Lunatic asylums Bombay report 1891-1903 - 1891-1903
Year: 1891
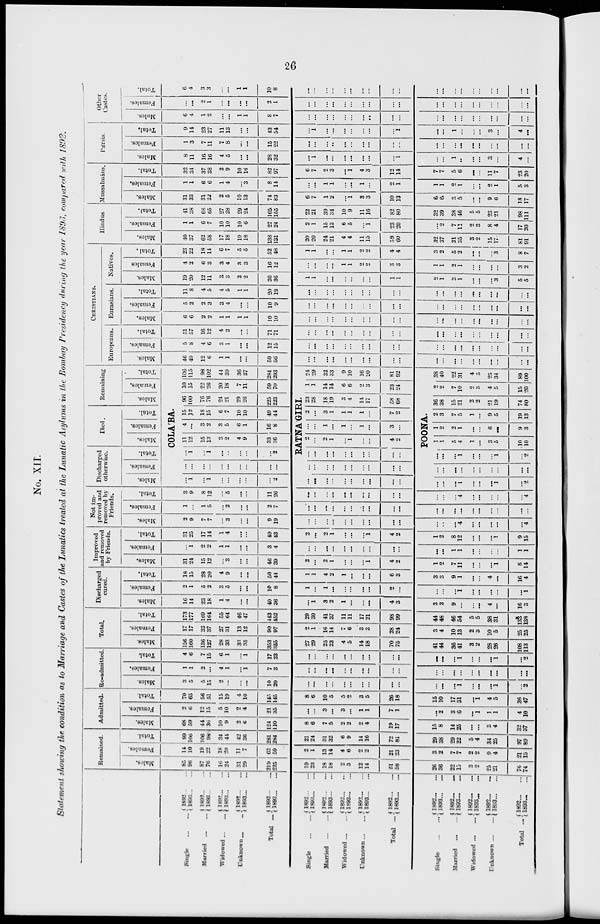
26
No. XII.
Statement showing the condition as to Marriage and Castes of the Lunatics treated at the Lunatic Asylums in the Bombay Presidency during the year 1893, compared with 1892.
Single ...
Married ...
Widowed ...
Unknown ...
Total ...
Single ...
Married
Widowed ...
Unknown ...
Total ...
Single...
Married...
Widowed ...
Unknown ...
Total...
1892 ... ...
1893 ... ...
1892 ... ...
1893 ... ...
1892 ... ...
1893 ... ...
1892 ... ...
1893 ... ...
1892 ... ...
1893 ... ...
1892 ... ...
1893 ... ...
1892
...
...
1893 ... ...
1892 ... ...
1893 ... ...
1892 ... ...
1893 ... ...
1892 ... ...
1893 ... ...
1892 ... ...
1893 ... ...
1892 ... ...
1893 ... ...
1892 ... ...
1893 ... ...
1892 ...
...
1893
...
...
1892 ... ...
1893... ...
Remained.
Males.
85
96
87
76
16
24
31
29
219
225
19
23
18
18
2
3
12
14
51
58
26
36
22
15
3
2
25
21
76
74
Females.
14
10
19
22
18
20
11
7
62
59
2
1
13
14
4
6
2
2
21
23
3
2
7
7
2
2
9
4
21
15
Total.
99
106
106
98
34
44
42
36
281
284
21
24
31
32
6
9
14
16
72
81
29
38
29
22
5
4
34
25
97
89
Admitted.
Males.
68
59
44
36
10
9
2
6
124
110
8
6
7
5
2
2
2
4
19
17
15
8
14
25
...
...
3
4
32
37
Females.
2
6
12
15
5
10
2
4
21
35
...
...
3
...
3
...
1
1
7
1
...
2
3
6
...
1
1
1
4
10
Total.
70
65
56
51
15
19
4
10
145
145
8
6
10
5
5
2
3
5
26
18
15
10
17
31
...
1
4
5
36
47
Re-admitted.
Males.
3
5
5
15
2
...
...
...
10
20
...
...
...
...
...
...
...
...
...
...
...
...
...
1
...
...
...
1
...
2
Females.
1
1
2
...
4
1
...
1
7
3
...
...
...
...
...
...
...
...
...
...
...
...
...
...
. ..
...
...
...
...
...
Total.
4
6
7
15
6
1
...
1
17
23
...
...
...
...
...
...
...
...
...
...
...
...
...
1
...
...
...
1
...
2
Total.
Males.
156
160
136
127
28
33
33
35
353
355
27
29
25
23
4
5
14
18
70
75
41
44
36
41
3
2
28
26
180
113
Females.
17
17
33
37
27
31
13
12
90
97
2
1
16
14
7
6
3
3
28
24
3
4
10
13
2
3
10
5
25
25
Total.
173
177
169
164
55
64
46
47
443
452
29
30
41
37
11
11
17
21
98
99
44
48
46
54
5
5
38
31
133
138
Discharged
cured.
Males.
16
14
23
18
1
4
...
...
40
36
...
1
3
2
1
...
...
...
4
3
3
3
9
...
...
...
4
...
16
3
Females.
2
1
5
2
3
5
...
...
10
8
1
...
1
...
...
...
...
...
2
...
...
...
...
1
...
...
...
...
...
1
Total.
18
15
28
20
4
9
...
...
50
44
1
1
4
2
1
...
...
...
6
3
3
3
9
1
...
...
4
...
16
4
Improved
and removed
by Friends.
Males.
31
24
15
12
...
3
...
...
46
39
2
...
2
1
...
...
...
1
4
2
1
2
7
11
...
...
...
1
8
14
Females.
...
1
2
2
1
1
...
...
3
4
...
...
...
...
...
...
...
...
...
...
...
...
1
1
...
...
...
...
1
1
Total.
31
25
17
14
1
4
...
...
49
43
2
...
2
1
...
...
...
1
4
2
1
2
8
12
...
...
...
1
9
15
Not im-
proved and
removed by
Friends.
Males.
2
9
7
7
...
3
...
...
9
19
...
...
...
...
...
...
...
...
...
...
...
...
...
4
...
...
...
...
...
4
Females.
1
...
1
5
...
2
...
...
2
7
...
...
...
...
...
...
...
...
...
...
...
...
...
...
...
...
...
...
...
...
Total.
3
9
8
12
...
5
...
...
11
26
...
...
...
...
...
...
...
...
...
...
...
...
...
4
...
...
...
...
...
4
Discharged
otherwise.
Males.
Females.
Total.
Died.
Males.
Females.
Total.
Remaining
Males.
Females.
Total.
COLA'BA.
...
1
...
1
...
...
...
. ..
...
2
...
...
...
...
. ..
...
...
...
...
...
. ..
1
...
1
...
...
...
...
...
2
11
12
15
13
3
2
4
9
33
36
4
...
3
2
3
5
6
1
16
8
15
12
18
15
6
7
10
10
49
44
96
100
76
76
24
21
29
26
225
223
10
15
22
26
20
18
7
11
59
70
106
115
98
102
44
39
36
37
284
293
RATNAGIRI.
...
...
...
...
...
...
...
...
...
...
...
...
...
...
...
...
...
...
...
...
. ..
...
...
...
...
...
...
...
...
...
...
...
...
1
...
...
...
1
...
2
...
...
...
...
...
...
...
...
...
...
...
...
...
1
...
...
...
1
...
2
2
...
2
1
...
1
...
...
4
2
...
...
1
...
1
...
1
...
3
...
2
...
3
1
1
1
1
...
7
2
23
28
18
19
3
4
14
17
58
68
1
1
14
14
6
6
2
3
23
24
24
29
32
33
9
10
16
20
81
92
POONA.
1
1
5
4
1
...
3
5
10
10
1
2
2
1
...
...
6
...
9
3
2
3
7
5
1
...
9
5
19
13
36
38
15
21
2
2
21
19
74
80
2
2
7
10
2
3
4
5
15
20
38
40
22
31
4
5
25
34
89
100
CHRISTIANS.
Europeans.
Males.
46
49
12
6
1
1
...
...
59
56
...
...
...
...
...
...
...
...
...
...
...
...
...
...
...
...
...
...
...
. ..
Females.
5
8
4
6
3
1
...
...
12
15
...
...
...
...
...
...
...
...
...
...
...
...
...
...
. ..
...
...
...
...
...
Total.
51
57
16
12
4
2
...
...
71
71
...
...
...
...
...
...
...
...
...
...
...
...
...
...
...
...
...
...
. ..
...
Eurasians.
Males.
6
6
2
2
1
1
1
1
10
10
...
...
...
...
...
...
...
...
...
...
...
..
...
...
...
...
...
...
...
....
Females.
5
2
2
3
3
4
...
...
10
9
...
...
...
...
...
...
...
...
...
...
...
...
...
...
...
...
...
...
...
...
Total.
11
8
4
5
4
5
1
1
20
19
...
...
...
...
...
...
...
...
...
...
...
...
...
...
...
. ..
...
...
...
...
Natives.
Males.
19
20
12
11
3
3
2
2
36
36
1
1
...
...
...
...
...
...
1
1
2
1
3
1
...
...
...
3
5
5
Females
4
2
6
3
3
4
3
3
16
12
...
...
...
...
1
1
2
2
3
3
1
1
2
1
...
. ..
...
...
3
2
Total.
23
22
18
14
6
7
5
5
52
48
1
1
...
...
1
1
2
2
4
4
3
2
5
2
...
...
...
3
8
7
Hindus.
Males.
40
37
62
58
17
18
19
18
138
131
20
20
24
21
4
4
11
15
59
60
32
37
31
35
3
2
15
17
81
91
Females.
1
1
6
7
10
10
10
6
27
24
2
1
15
13
6
5
...
1
23
20
...
2
7
11
2
3
8
4
17
20
Total.
41
38
68
65
27
28
29
24
165
155
22
21
39
34
10
9
11
16
82
80
32
39
38
46
5
5
23
21
98
111
Mussalmáns.
Males.
31
33
31
32
2
5
10
13
74
83
6
7
1
2
...
1
3
3
10
13
6
6
3
5
...
...
9
6
18
17
Females,
1
1
6
6
1
4
...
3
8
14
...
...
1
1
...
...
1
...
2
1
1
1
2
1
...
...
2
1
5
3
Total.
32
34
37
38
3
9
10
16
82
97
6
7
2
3
...
1
4
3
12
14
7
7
5
6
...
...
11
7
23
20
Pársis.
Males.
8
11
16
16
4
5
...
...
28
32
...
1
. ..
...
...
...
. ..
...
...
1
...
...
1
..
...
...
3
...
4
...
Females.
1
3
7
11
7
8
...
...
15
22
...
...
...
...
...
...
...
...
...
...
...
...
...
. ..
. ..
...
...
...
...
...
Total,
9
14
23
27
11
13
...
...
43
54
...
1
...
...
...
...
...
...
...
1
...
...
1
...
...
...
3
...
4
...
Other
Castes.
Males.
6
4
1
2
...
...
1
1
8
7
...
...
...
...
...
...
...
. .
...
. ..
. ..
...
...
...
...
...
...
...
...
...
Females.
...
...
2
1
...
...
...
...
2
1
...
...
. ..
...
...
...
. ..
...
...
...
...
...
...
...
...
...
...
...
...
Total.
6
4
3
3
...
...
1
1
10
8
...
...
...
...
...
...
...
...
...
...
...
...
...
...
...
...
...
...
...
...